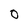
Character: 0